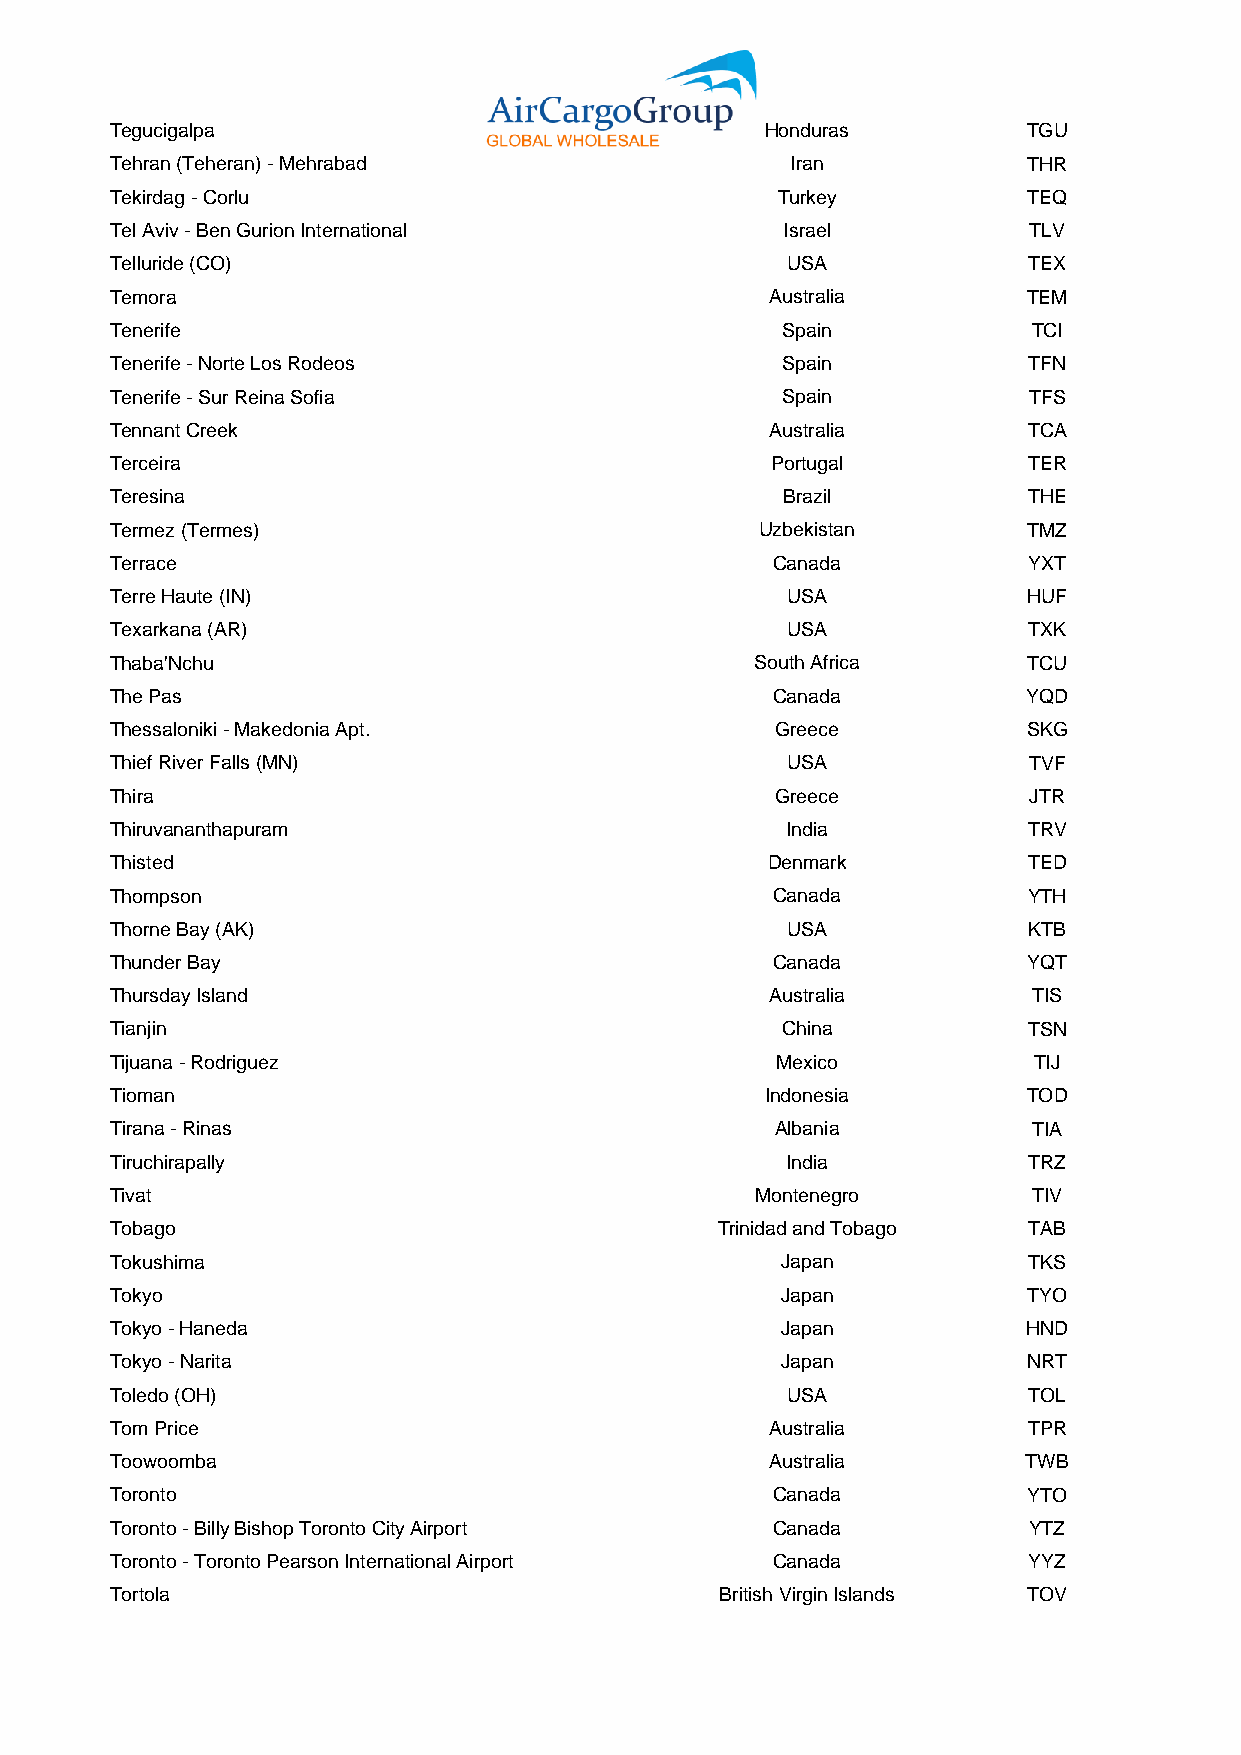
Tegucigalpa                                 Honduras         TGU
 Tehran (Teheran) - Mehrabad                  Iran            THR
 Tekirdag - Corlu                            Turkey           TEQ
 Tel Aviv - Ben Gurion International          Israel          TLV
 Telluride (CO)                               USA             TEX
 Temora                                      Australia        TEM
 Tenerife                                     Spain           TCI
 Tenerife - Norte Los Rodeos                  Spain           TFN
 Tenerife - Sur Reina Sofia                   Spain           TFS
 Tennant Creek                               Australia        TCA
 Terceira                                    Portugal         TER
 Teresina                                     Brazil          THE
 Termez (Termes)                            Uzbekistan        TMZ
 Terrace                                     Canada           YXT
 Terre Haute (IN)                             USA             HUF
 Texarkana (AR)                               USA             TXK
 Thaba'Nchu                                 South Africa      TCU
 The Pas                                     Canada           YQD
 Thessaloniki - Makedonia Apt.               Greece           SKG
 Thief River Falls (MN)                       USA             TVF
 Thira                                       Greece           JTR
 Thiruvananthapuram                           India           TRV
 Thisted                                     Denmark          TED
 Thompson                                    Canada           YTH
 Thorne Bay (AK)                              USA             KTB
 Thunder Bay                                 Canada           YQT
 Thursday Island                             Australia        TIS
 Tianjin                                      China           TSN
 Tijuana - Rodriguez                         Mexico           TIJ
 Tioman                                      Indonesia        TOD
 Tirana - Rinas                              Albania          TIA
 Tiruchirapally                               India           TRZ
 Tivat                                      Montenegro        TIV
 Tobago                                  Trinidad and Tobago  TAB
 Tokushima                                    Japan           TKS
 Tokyo                                        Japan           TYO
 Tokyo - Haneda                               Japan           HND
 Tokyo - Narita                               Japan           NRT
 Toledo (OH)                                  USA             TOL
 Tom Price                                   Australia        TPR
 Toowoomba                                   Australia        TWB
 Toronto                                     Canada           YTO
 Toronto - Billy Bishop Toronto City Airport Canada           YTZ
 Toronto - Toronto Pearson International Airport Canada       YYZ
 Tortola                                  British Virgin Islands TOV